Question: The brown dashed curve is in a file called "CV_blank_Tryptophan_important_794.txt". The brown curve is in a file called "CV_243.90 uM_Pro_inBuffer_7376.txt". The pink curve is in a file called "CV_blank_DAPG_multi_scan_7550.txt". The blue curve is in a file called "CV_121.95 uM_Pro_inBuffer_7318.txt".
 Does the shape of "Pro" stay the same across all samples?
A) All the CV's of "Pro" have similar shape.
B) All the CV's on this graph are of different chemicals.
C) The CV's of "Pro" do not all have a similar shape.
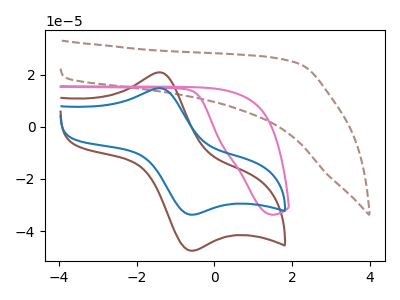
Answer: <think>The brown dashed curve "Tryptophan, blank" has no peaks. The brown curve "Pro, 243.90 uM" has an anodic peak at (-1.40V, 20.95uA) and a cathodic peak at (-0.55V, -47.60uA). The pink curve "DAPG, blank" has no peaks. The blue curve "Pro, 121.95 uM" has an anodic peak at (-1.40V, 14.85uA) and a cathodic peak at (-0.55V, -33.75uA).
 "Tryptophan, blank" and "Pro, 243.90 uM" have a different number of peaks. Neither "Tryptophan, blank" or "DAPG, blank" have any peaks. "Tryptophan, blank" and "Pro, 121.95 uM" have a different number of peaks. "Pro, 243.90 uM" and "DAPG, blank" have a different number of peaks. All the peaks in "Pro, 243.90 uM" have a peak in "Pro, 121.95 uM" at the same potential. Every peak in "Pro, 243.90 uM" is higher than every peak in "Pro, 121.95 uM". "DAPG, blank" and "Pro, 121.95 uM" have a different number of peaks.</think>
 <answer>A) All the CV's of "Pro" have similar shape.</answer>
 <eval>A</eval>